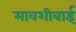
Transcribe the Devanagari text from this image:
मावशीबाई